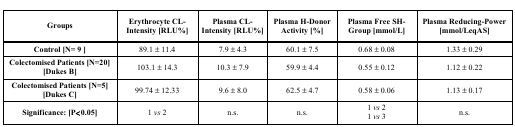
<table><thead><tr><td><b>Groups</b></td><td><b>Erythrocyte CL-Intensity [RLU%]</b></td><td><b>Plasma CL-Intensity [RLU%]</b></td><td><b>Plasma H-Donor Activity [%]</b></td><td><b>Plasma Free SH-Group [mmol/L]</b></td><td><b>Plasma Reducing-Power [mmol/LeqAS]</b></td></tr></thead><tbody><tr><td><b>Control [N= 9 ]</b></td><td> 89.1 ± 11.4</td><td>7.9 ± 4.3</td><td>60.1 ± 7.5</td><td>0.68 ± 0.08</td><td>1.33 ± 0.29</td></tr><tr><td><b>Colectomised Patients [N=20] [Dukes B]</b></td><td>103.1 ± 14.3</td><td>10.3 ± 7.9</td><td>59.9 ± 4.4</td><td>0.55 ± 0.12</td><td>1.12 ± 0.22</td></tr><tr><td><b>Colectomised Patients [N=5] [Dukes C]</b></td><td>99.74 ± 12.33</td><td>9.6 ± 8.0</td><td>62.5 ± 4.7</td><td>0.58 ± 0.06</td><td>1.13 ± 0.17</td></tr><tr><td><b>Significance: [P&lt;0.05]</b></td><td>1 <i>vs</i> 2</td><td>n.s.</td><td>n.s.</td><td>1 <i>vs</i> 21 <i>vs</i> 3</td><td>n.s.</td></tr></tbody></table>